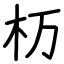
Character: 杤